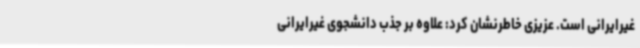
غیرایرانی است. عزیزی خاطرنشان کرد: علاوه بر جذب دانشجوی غیرایرانی